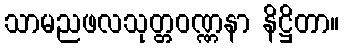
သာမညဖလသုတ္တဝဏ္ဏနာ နိဋ္ဌိတာ။